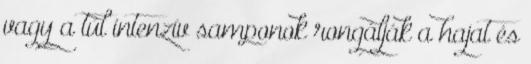
vagy a túl intenzív samponok rongálják a hajat és